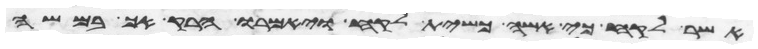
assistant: אשר לקח כי אשה כשית לקח ויאמרו הרק אך במשה